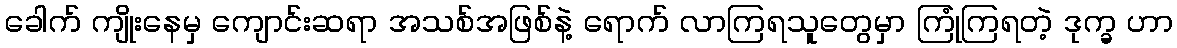
ခေါက် ကျိုးနေမှ ကျောင်းဆရာ အသစ်အဖြစ်နဲ့ ရောက် လာကြရသူတွေမှာ ကြုံကြရတဲ့ ဒုက္ခ ဟာ